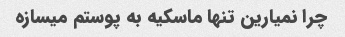
چرا نمیارین تنها ماسکیه به پوستم میسازه